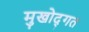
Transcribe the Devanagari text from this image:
मुखोद्गत